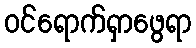
ဝင်ရောက်ရှာဖွေရာ